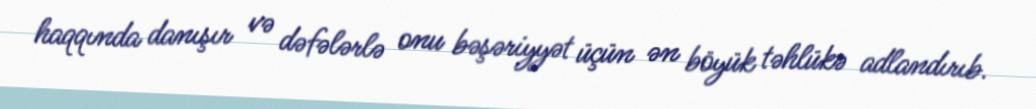
haqqında danışır və dəfələrlə onu bəşəriyyət üçün ən böyük təhlükə adlandırıb.